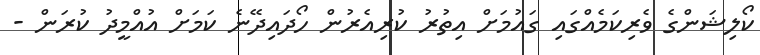
ކޯލިޝަންގެ ވެރިކަމެއްގައި ގައުމަށް އިތުރު ކުރިއެރުުން ހޯދައިދޭނެ ކަމަށް އުއްމީދު ކުރަން -